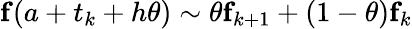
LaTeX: {\mathbf f}(a+t_{k}+h\theta)\sim\theta{\mathbf f}_{k+1}+(1-\theta){\mathbf f}_{k}